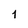
Character: 1